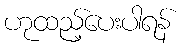
ဟုထည့်ပေးပါရန်